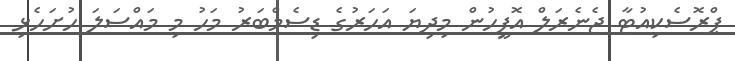
ޕްރޮސެކިއުޓާ ޖެނެރަލް އޮފީހުން މިދިޔަ އަހަރުގެ ޑިސެމްބަރު މަހު މި މައްސަލަ ހުށަހެޅި